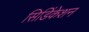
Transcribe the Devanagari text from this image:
सिडिंकेशन